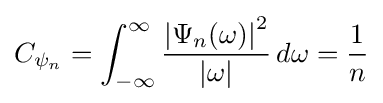
C_{\psi _{n}}=\int _{-\infty }^{\infty }{\frac {\left|\Psi _{n}(\omega )\right|^{2}}{|\omega |}}\,d\omega ={\frac {1}{n}}